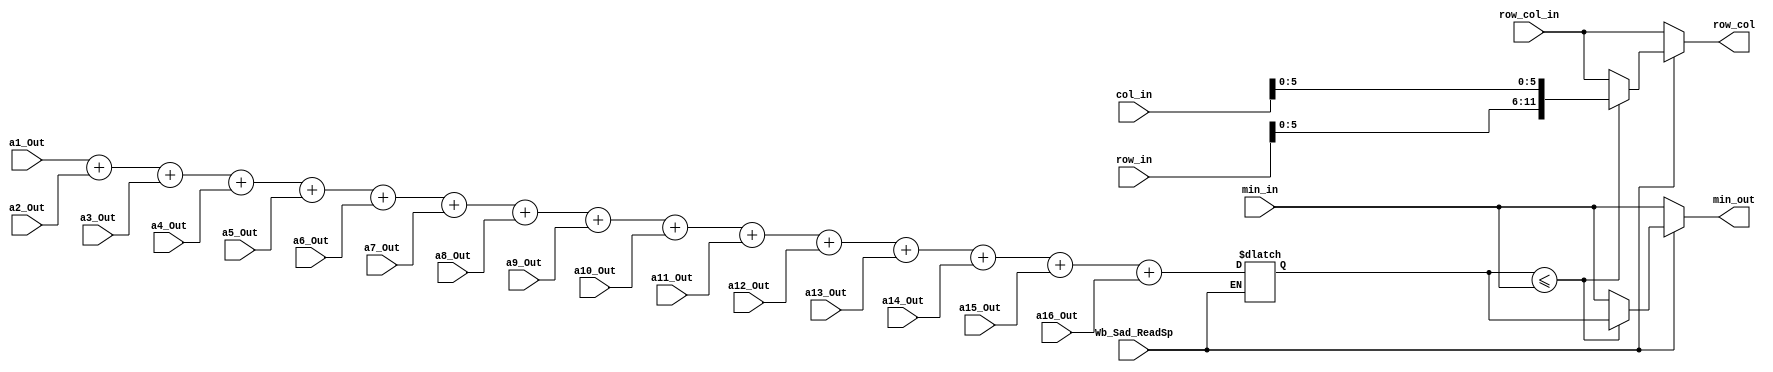
`timescale 1ns / 1ps
//////////////////////////////////////////////////////////////////////////////////
// Company: 
// Engineer: 
// 
// Design Name: 
// Module Name: THE_BIG_SAD
// Project Name: 
// Target Devices: 
// Tool Versions: 
// Description: 
// 
// Dependencies: 
// 
// Revision:
// Revision 0.01 - File Created
// Additional Comments:
// 
//////////////////////////////////////////////////////////////////////////////////


module THE_BIG_SAD(a1_Out, a2_Out, a3_Out, a4_Out, a5_Out, a6_Out, a7_Out, a8_Out, a9_Out, a10_Out, a11_Out, a12_Out, a13_Out, a14_Out, a15_Out, a16_Out, Wb_Sad_ReadSp, row_in, col_in, min_in, min_out, row_col_in, row_col);
    input Wb_Sad_ReadSp;
    input [31:0] a1_Out, a2_Out, a3_Out, a4_Out, a5_Out, a6_Out, a7_Out, a8_Out, a9_Out, a10_Out, a11_Out, a12_Out, a13_Out, a14_Out, a15_Out, a16_Out, row_in, col_in, min_in; 
    input [11:0] row_col_in;
    output reg [31:0] min_out;
    output reg [11:0] row_col;
    reg [31:0] temp;
    
    always @(*) begin
        if(Wb_Sad_ReadSp) begin
            temp <= a1_Out + a2_Out + a3_Out + a4_Out + a5_Out + a6_Out + a7_Out + a8_Out + a9_Out + a10_Out + a11_Out + a12_Out + a13_Out + a14_Out + a15_Out + a16_Out;
            if(temp <= min_in) begin
                min_out <= temp;
                row_col <= {row_in[5:0], col_in[5:0]};
            end
            else begin
                min_out <= min_in;
                row_col <= row_col_in;
            end
        end
        else begin
            min_out <= min_in;
            row_col <= row_col_in;
        end
    end

endmodule